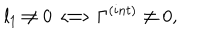
l _ { 1 } \not = 0 \Longleftrightarrow \Gamma ^ { ( i n t ) } \not = 0 , \nonumber